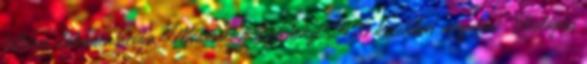
felhívás dokumentációja Módosult a Széchenyi 2020 keretében megjelent „Ökológiai